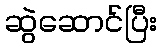
ဆွဲဆောင်ပြီး